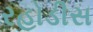
રહોડીસ